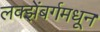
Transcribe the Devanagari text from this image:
लक्झेंबर्गमधून